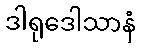
ဒါရုဒေါသာနံ